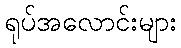
ရုပ်အလောင်းများ